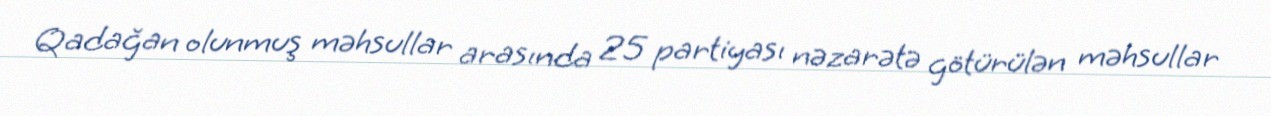
Qadağan olunmuş məhsullar arasında 25 partiyası nəzarətə götürülən məhsullar